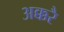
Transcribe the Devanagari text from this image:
अक्करै